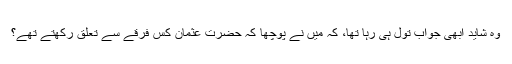
وہ شاید ابھی جواب تول ہی رہا تھا، کہ میں نے پوچھا کہ حضرت عثمانؓ کس فرقے سے تعلق رکھتے تھے؟